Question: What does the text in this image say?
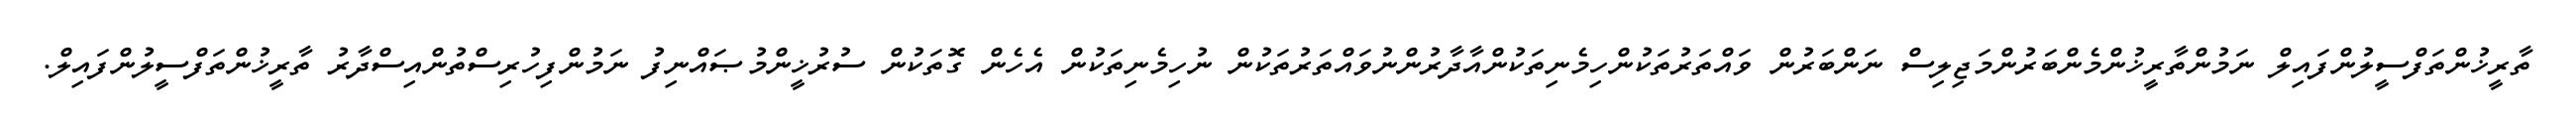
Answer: ތާރީޚުންތަފްސީލުންފައިލް ނަމުންތާރީޚުންމެންބަރުންމަޖިލިސް ނަންބަރުން ވައްތަރުތަކުންހިމެނިތަކުންއާދާރުންނުވައްތަރުތަކުން ނުހިމެނިތަކުން އެހެން ގޮތަކުން ސުރުޚީންމުޞައްނިފު ނަމުންފިހުރިސްތުންއިސްދާރު ތާރީޚުންތަފްސީލުންފައިލް.